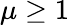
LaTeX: \mu\ge 1